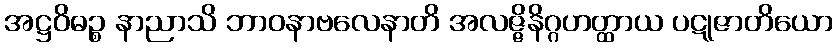
အဋ္ဌဝိဓဉ္စ နာညာသိ ဘာဝနာဗလေနာတိ အလဇ္ဇိနိဂ္ဂဟတ္ထာယ ပဋုဇာတိယော